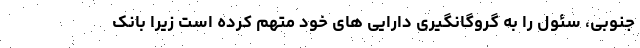
جنوبی، سئول را به گروگانگیری دارایی های خود متهم کرده است زیرا بانک